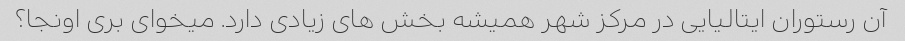
آن رستوران ایتالیایی در مرکز شهر همیشه بخش های زیادی دارد. میخوای بری اونجا؟